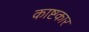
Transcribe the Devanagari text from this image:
काष्टकार